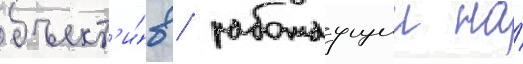
объект'и́в / работаущии на́